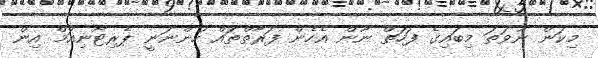
މިކަން ނުވަތަ މިބައިގެ ފަހަތް ނޫން އެހެން ފަރާތްތައް ހުންނަނީ ޕެރިޓޯނިއަމް އިން